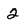
Character: 2